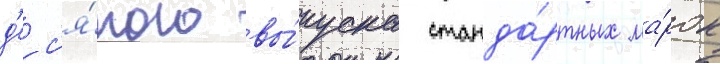
д'ес'я́того вы́пуска станда́ртных ма́рок